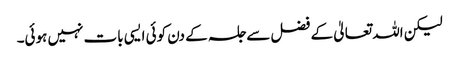
لیکن اللہ تعالیٰ کے فضل سے جلسہ کے دن کوئی ایسی بات نہیں ہوئی۔